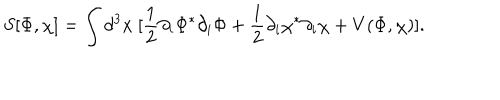
S [ \Phi , \chi ] = \int d ^ { 3 } x \ [ \frac { 1 } { 2 } \partial _ { i } \Phi ^ { * } \partial _ { i } \Phi + \frac { 1 } { 2 } \partial _ { i } \chi ^ { * } \partial _ { i } \chi + V ( \Phi , \chi ) ] .